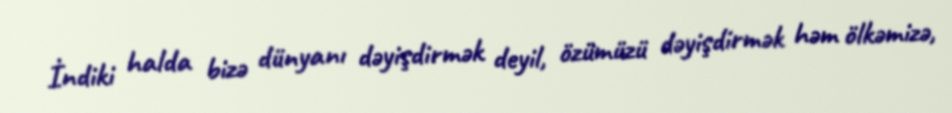
İndiki halda bizə dünyanı dəyişdirmək deyil, özümüzü dəyişdirmək həm ölkəmizə,